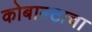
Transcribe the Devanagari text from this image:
कोबाल्टाचा